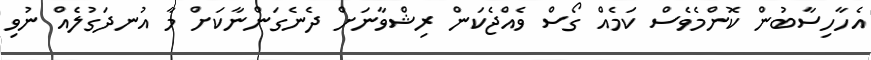
އެހާހިސާބުން ކޮންމެވެސް ކަމެއް ގޯސް ވެއްޖެކަން ރިޝްވާނަށް ދެނެގަންނާކަށް މާ އުނދަގުލެއް ނުވި